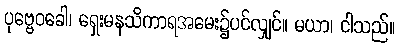
ပုဗ္ဗေဝခေါ၊ ရှေးမနသိကာရအမေး၌ပင်လျှင်။ မယာ၊ ငါသည်။